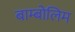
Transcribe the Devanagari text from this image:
बाम्बोलिम